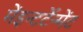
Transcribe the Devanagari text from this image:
मेंइन्टर्टेन्मेंट